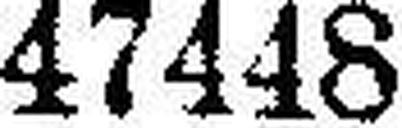
47448